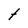
Character: t